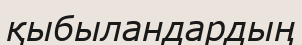
қыбыландардың